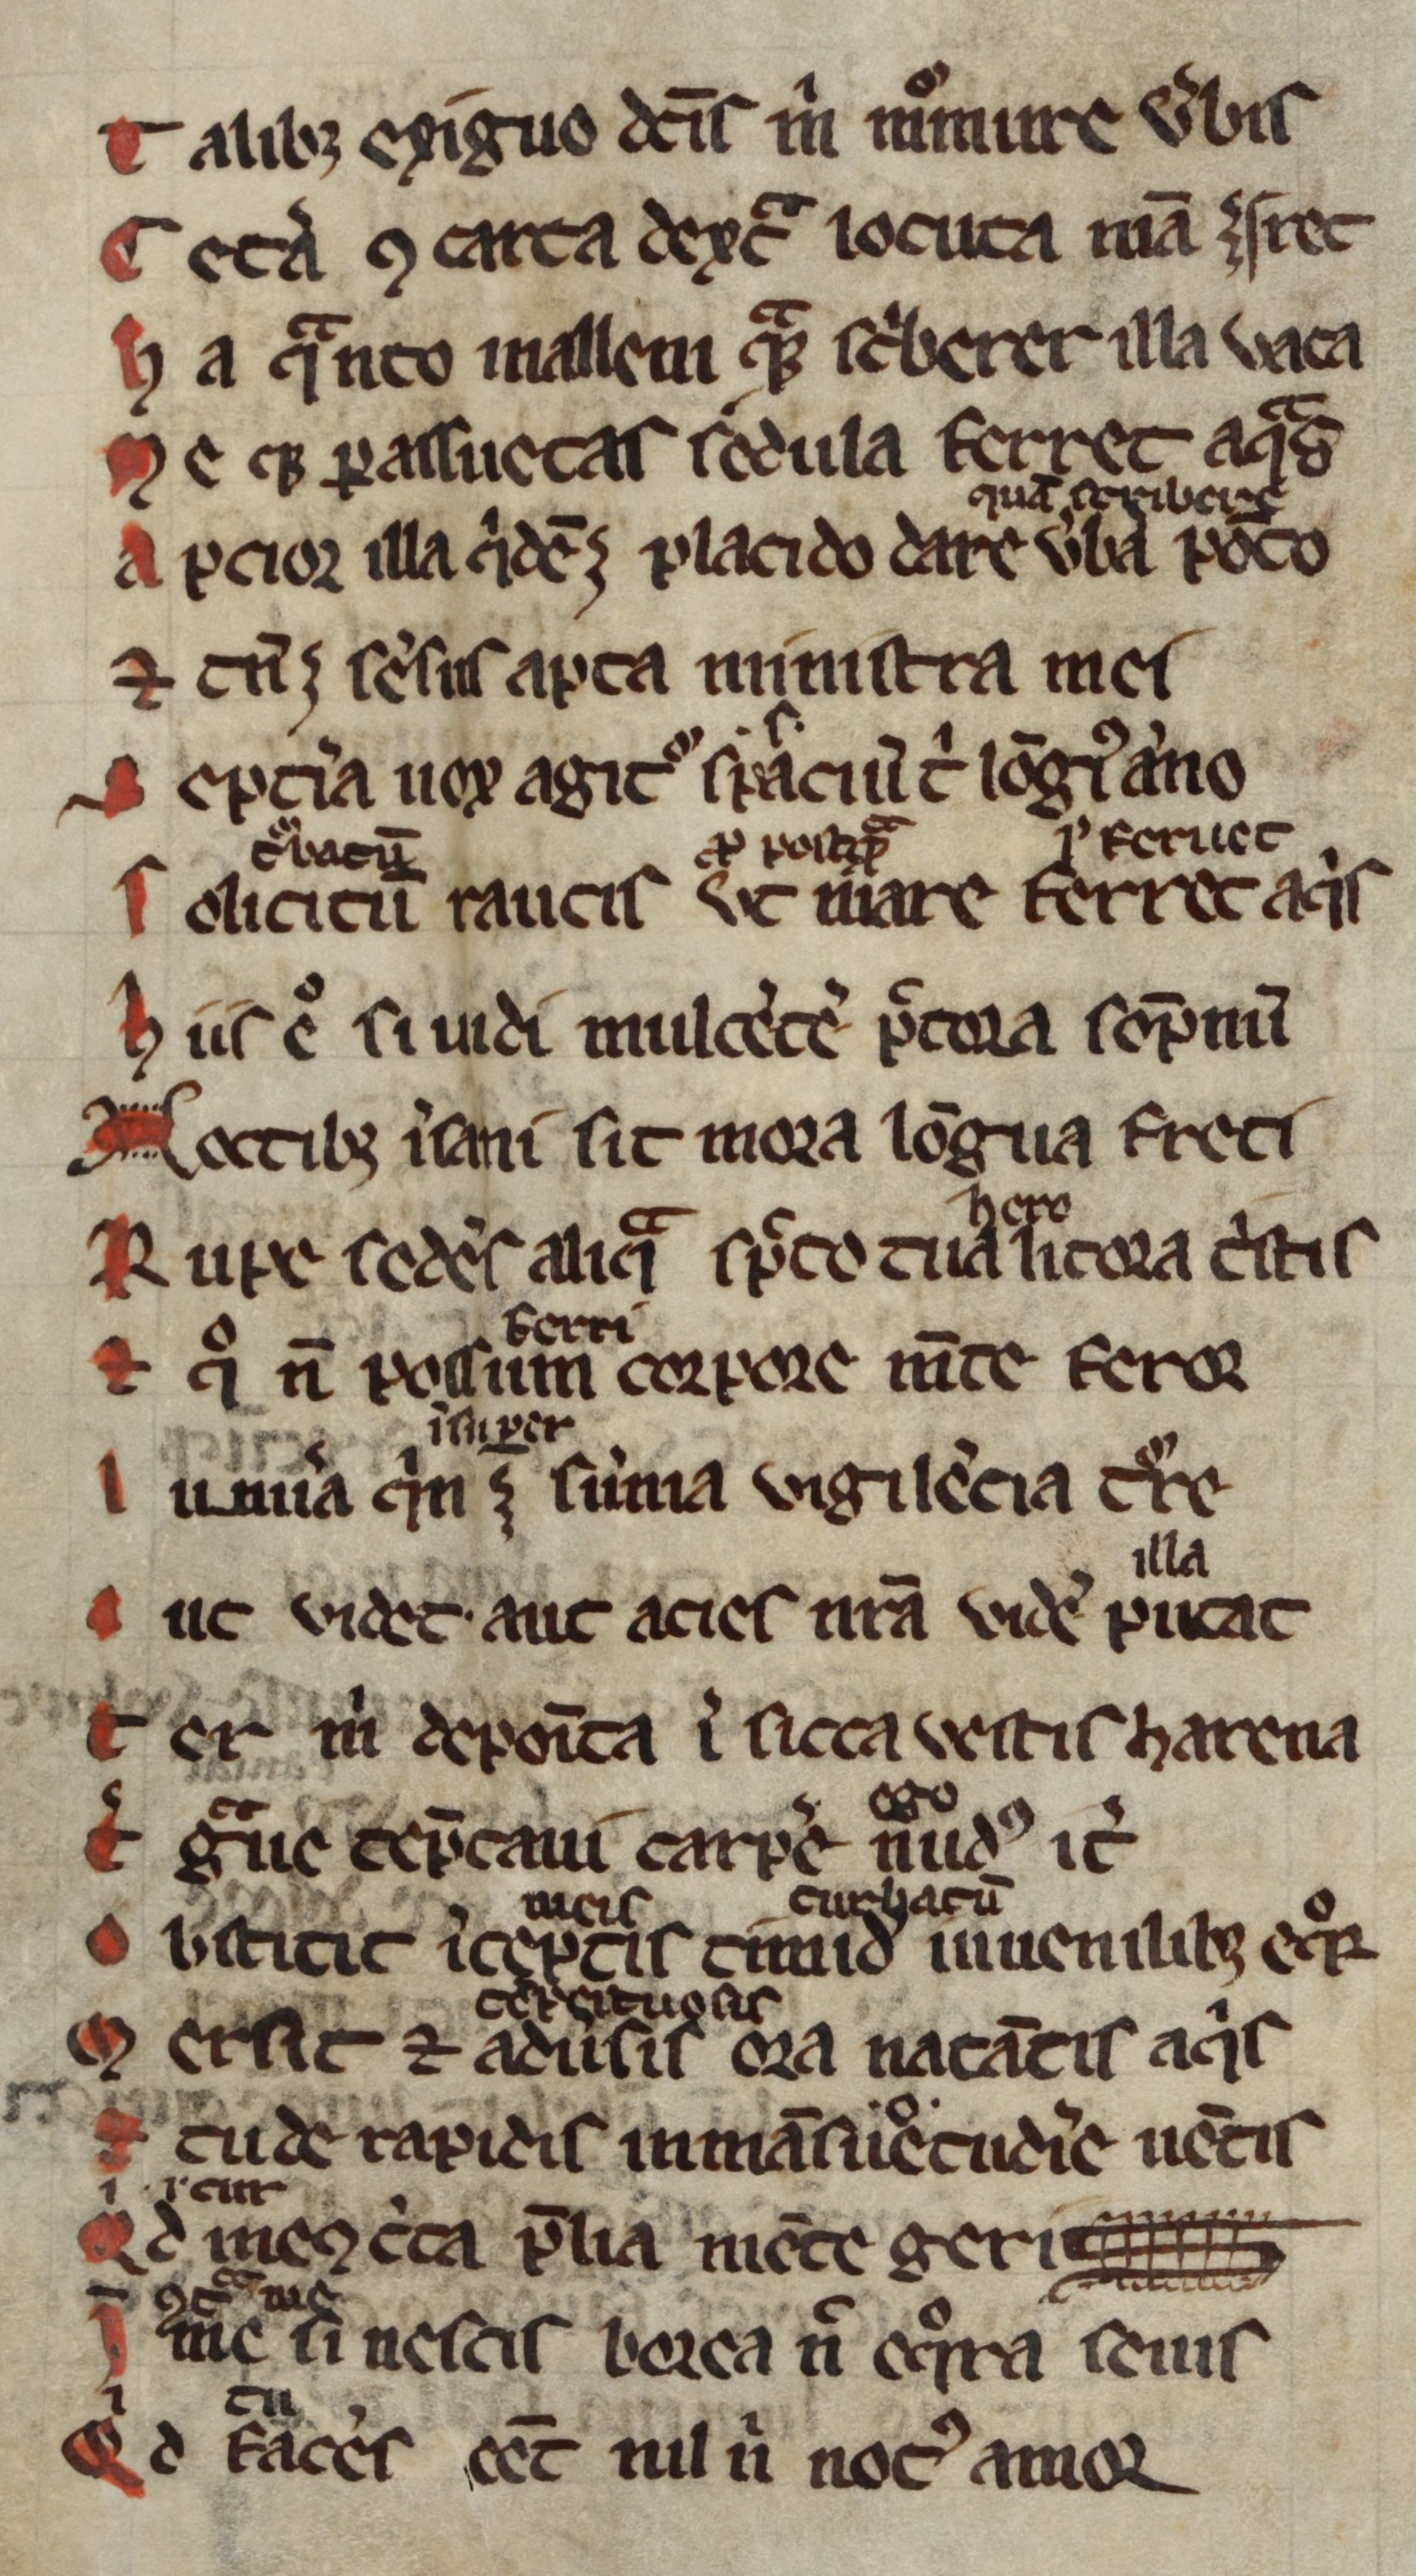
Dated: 1300–1399